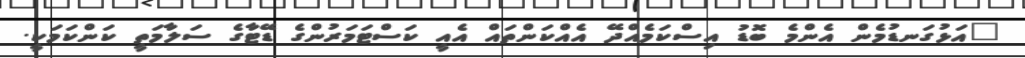
"އަޅުގަނޑުމެން އެންމެ ބޮޑު އިސްކަމެއްދޭ އެއްކަންތައް އެއީ ކަސްޓަމަރުންގެ ޑޭޓާގެ ސަލާމަތީ ކަންކަމަކީ.